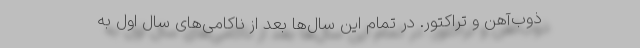
ذوب‌آهن و تراکتور. در تمام این سال‌ها بعد از ناکامی‌های سال اول به